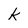
Character: k